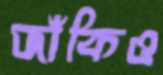
জাঁকিও